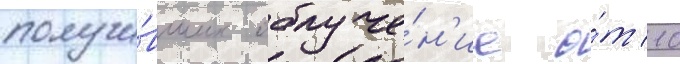
получи́вших облуче́н'ие о́т 10